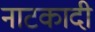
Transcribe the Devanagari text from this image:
नाटकादी